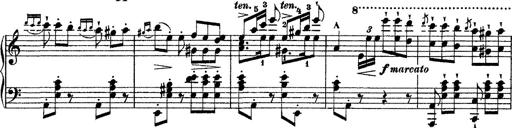
Title: Grande fantasie di bravura sur La clochette
Composer: Franz Liszt
Key: A minor